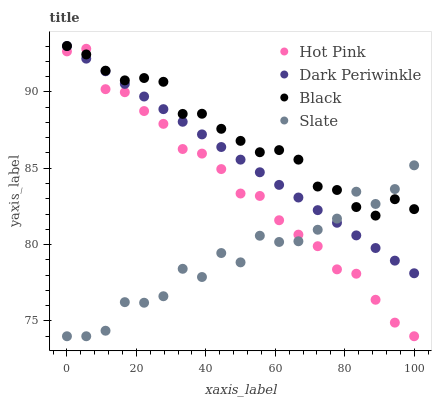
| xaxis_label | Hot Pink | Dark Periwinkle | Black | Slate |
 | --- | --- | --- | --- | --- |
 | 0 | 92.6 | 93 | 93 | 74 |
 | 5.56 | 92.8 | 92.2 | 92.4 | 74 |
 | 11.1 | 90.2 | 91.3 | 91.4 | 74.4 |
 | 16.7 | 90 | 90.5 | 90.8 | 76.2 |
 | 22.2 | 88.7 | 89.7 | 90.9 | 76.2 |
 | 27.8 | 87.9 | 88.9 | 90.7 | 76.6 |
 | 33.3 | 86.3 | 88 | 88.6 | 78.4 |
 | 38.9 | 86 | 87.2 | 88.6 | 77.9 |
 | 44.4 | 84.9 | 86.4 | 87.6 | 79.4 |
 | 50 | 83.3 | 85.6 | 86.8 | 78.8 |
 | 55.6 | 83.2 | 84.7 | 86 | 80.6 |
 | 61.1 | 81.6 | 83.9 | 86.2 | 80.2 |
 | 66.7 | 80.7 | 83.1 | 85.6 | 80.2 |
 | 72.2 | 79.9 | 82.3 | 83.8 | 81 |
 | 77.8 | 78.4 | 81.4 | 83.6 | 81.7 |
 | 83.3 | 78.1 | 80.6 | 82.5 | 83.5 |
 | 88.9 | 76.4 | 79.8 | 81.9 | 82.7 |
 | 94.4 | 74.9 | 78.9 | 83 | 83.6 |
 | 100 | 74 | 78.1 | 82.3 | 85.2 |